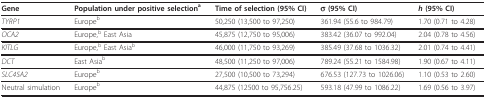
<table><thead><tr><td><b>Gene</b></td><td><b>Population under positive selection<sup>a </sup></b></td><td><b>Time of selection (95% CI)</b></td><td><b>σ (95% CI)</b></td><td><b><i>h </i>(95% CI)</b></td></tr></thead><tbody><tr><td><i>TYRP1 </i></td><td>Europe<sup>b</sup></td><td>50,250 (13,500 to 97,250)</td><td>361.94 (55.6 to 984.79)</td><td>1.70 (0.71 to 4.28)</td></tr><tr><td><i>OCA2 </i></td><td>Europe,<sup>b </sup>East Asia</td><td>45,875 (12,750 to 95,006)</td><td>383.42 (36.07 to 992.04)</td><td>2.04 (0.78 to 4.56)</td></tr><tr><td><i>KITLG </i></td><td>Europe,<sup>b </sup>East Asia<sup>b</sup></td><td>46,000 (11,750 to 93,269)</td><td>385.49 (37.68 to 1036.32)</td><td>2.01 (0.74 to 4.41)</td></tr><tr><td><i>DCT </i></td><td>East Asia<sup>b</sup></td><td>48,500 (11,250 to 97,006)</td><td>789.24 (55.21 to 1584.98)</td><td>1.90 (0.67 to 4.11)</td></tr><tr><td><i>SLC45A2 </i></td><td>Europe<sup>b</sup></td><td>27,500 (10,500 to 73,294)</td><td>676.53 (127.73 to 1026.06)</td><td>1.10 (0.53 to 2.60)</td></tr><tr><td>Neutral simulation</td><td>Europe<sup>b</sup></td><td>44,875 (12500 to 95,756.25)</td><td>593.18 (47.99 to 1086.22)</td><td>1.69 (0.56 to 3.97)</td></tr></tbody></table>